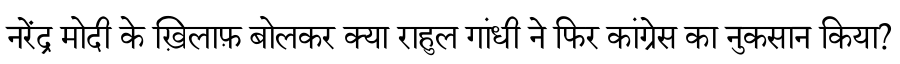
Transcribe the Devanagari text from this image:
नरेंद्र मोदी के ख़िलाफ़ बोलकर क्या राहुल गांधी ने फिर कांग्रेस का नुकसान किया?